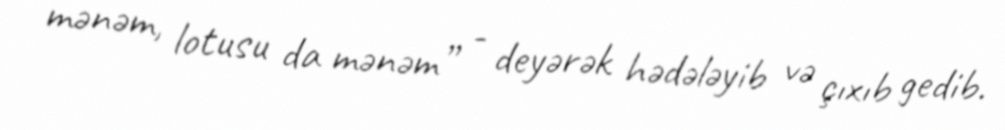
mənəm, lotusu da mənəm” - deyərək hədələyib və çıxıb gedib.